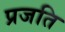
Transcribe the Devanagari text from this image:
प्रजति